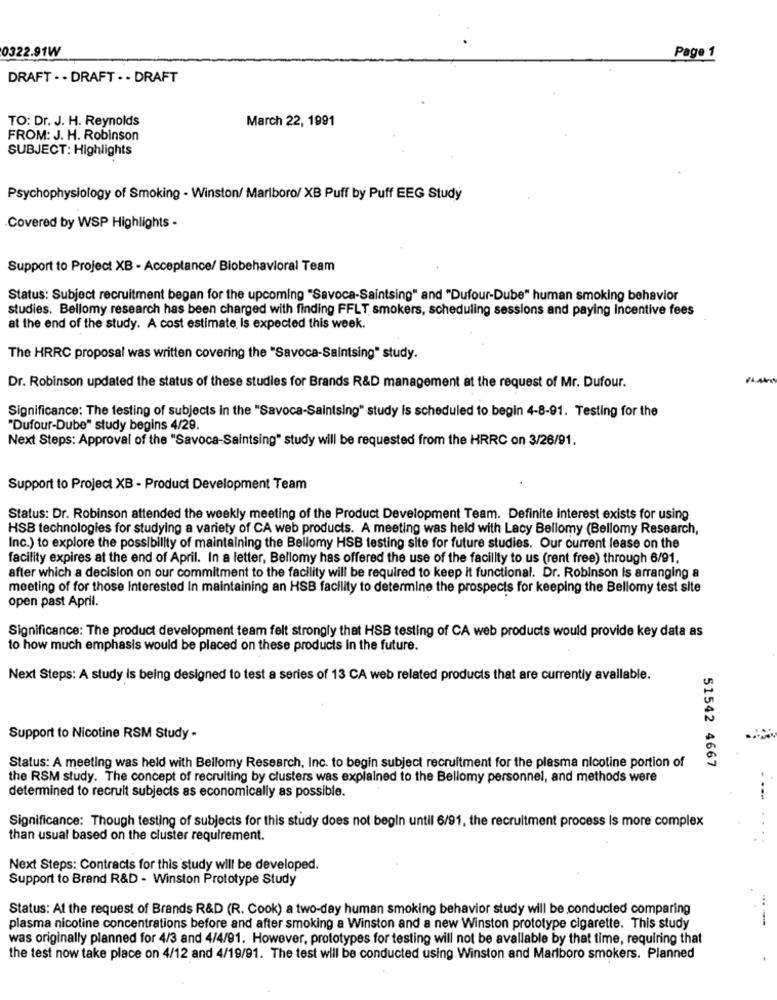
0322.91W
Page 1
DRAFT - - DRAFT . . DRAFT
TO: Dr. J. H. Reynolds
March 22, 1991
FROM: J. H. Robinson
SUBJECT: Highlights
Psychophysiology of Smoking - Winston/ Marlboro/ XB Puff by Puff EEG Study
Covered by WSP Highlights -
Support to Project XB - Acceptance/ Biobehavioral Team
Status: Subject recruitment began for the upcoming "Savoca-Saintsing" and "Dufour-Dube" human smoking behavior
studies. Bellomy research has been charged with finding FFLT smokers, scheduling sessions and paying incentive fees
at the end of the study. A cost estimate Is expected this week.
The HRRC proposal was written covering the "Savoca-Saintsing" study.
Dr. Robinson updated the status of these studies for Brands R&D management at the request of Mr. Dufour.
Significance: The testing of subjects in the "Savoca-Saintsing" study is scheduled to begin 4-8-91. Testing for the
"Dufour-Dube" study begins 4/29.
Next Steps: Approval of the "Savoca-Saintsing" study will be requested from the HRRC on 3/26/91.
Support to Project XB - Product Development Team
Status: Dr. Robinson attended the weekly meeting of the Product Development Team. Definite interest exists for using
HSB technologies for studying a variety of CA web products. A meeting was held with Lacy Bellomy (Bellomy Research,
Inc.) to explore the possibility of maintaining the Bellomy HSB testing site for future studies. Our current lease on the
facility expires at the end of April. In a letter, Bellomy has offered the use of the facility to us (rent free) through 6/91.
after which a decision on our commitment to the facility will be required to keep it functional. Dr. Robinson is arranging a
meeting of for those Interested In maintaining an HSB facility to determine the prospects for keeping the Bellomy test site
open past April.
Significance: The product development team felt strongly that HSB testing of CA web products would provide key data as
to how much emphasis would be placed on these products in the future.
Next Steps: A study is being designed to test a series of 13 CA web related products that are currently available.
Support to Nicotine RSM Study -
Status: A meeting was held with Bellomy Research, Inc. to begin subject recruitment for the plasma nicotine portion of
51542 4667
the RSM study. The concept of recruiting by clusters was explained to the Bellomy personnel, and methods were
determined to recruit subjects as economically as possible.
Significance: Though testing of subjects for this study does not begin until 6/91, the recruitment process Is more complex
than usual based on the cluster requirement.
Next Steps: Contracts for this study will be developed.
Support to Brand R&D - Winston Prototype Study
Status: At the request of Brands R&D (R. Cook) a two-day human smoking behavior study will be conducted comparing
plasma nicotine concentrations before and after smoking a Winston and a new Winston prototype cigarette. This study
was originally planned for 4/3 and 4/4/91. However, prototypes for testing will not be available by that time, requiring that
the test now take place on 4/12 and 4/19/91. The test will be conducted using Winston and Marlboro smokers. Planned